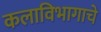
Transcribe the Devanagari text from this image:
कलाविभागाचे